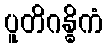
ပူတိဂန္ဓိကံ